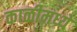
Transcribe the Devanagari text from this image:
काळीमध्ये